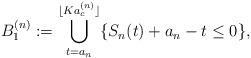
LaTeX: \begin{align*}B_1^{(n)}:=\bigcup_{t=a_n}^{\lfloor K a_c^{(n)}\rfloor}\{S_n(t)+a_n-t\leq 0\},\end{align*}